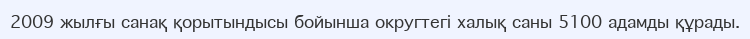
2009 жылғы санақ қорытындысы бойынша округтегі халық саны 5100 адамды құрады.